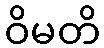
ဝိမတိ